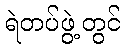
ရဲတပ်ဖွဲ့တွင်